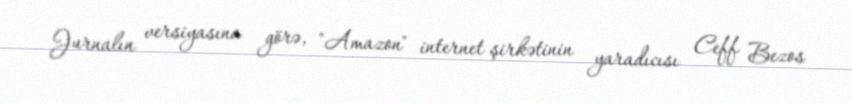
Jurnalın versiyasına görə, "Amazon" internet şirkətinin yaradıcısı Ceff Bezos